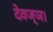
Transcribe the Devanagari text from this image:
देवज्ञ।